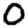
Digit: 0